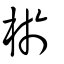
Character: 棜